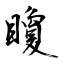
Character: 矎